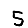
Digit: 5